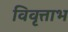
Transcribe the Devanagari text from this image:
विवृत्ताभ